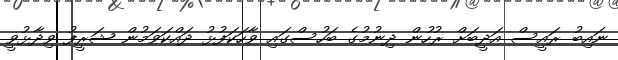
ނައިބު ރައީސް އަދީބަށް ރުހުން ދިނުމުގެ ބަހުސްގައި ވާހަކަފުޅު ދައްކަވަމުން ޝަރީފު ވިދާޅުވީ